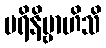
ပရိနိဗ္ဗာဟိသိ